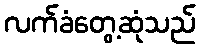
လက်ခံတွေ့ဆုံသည်